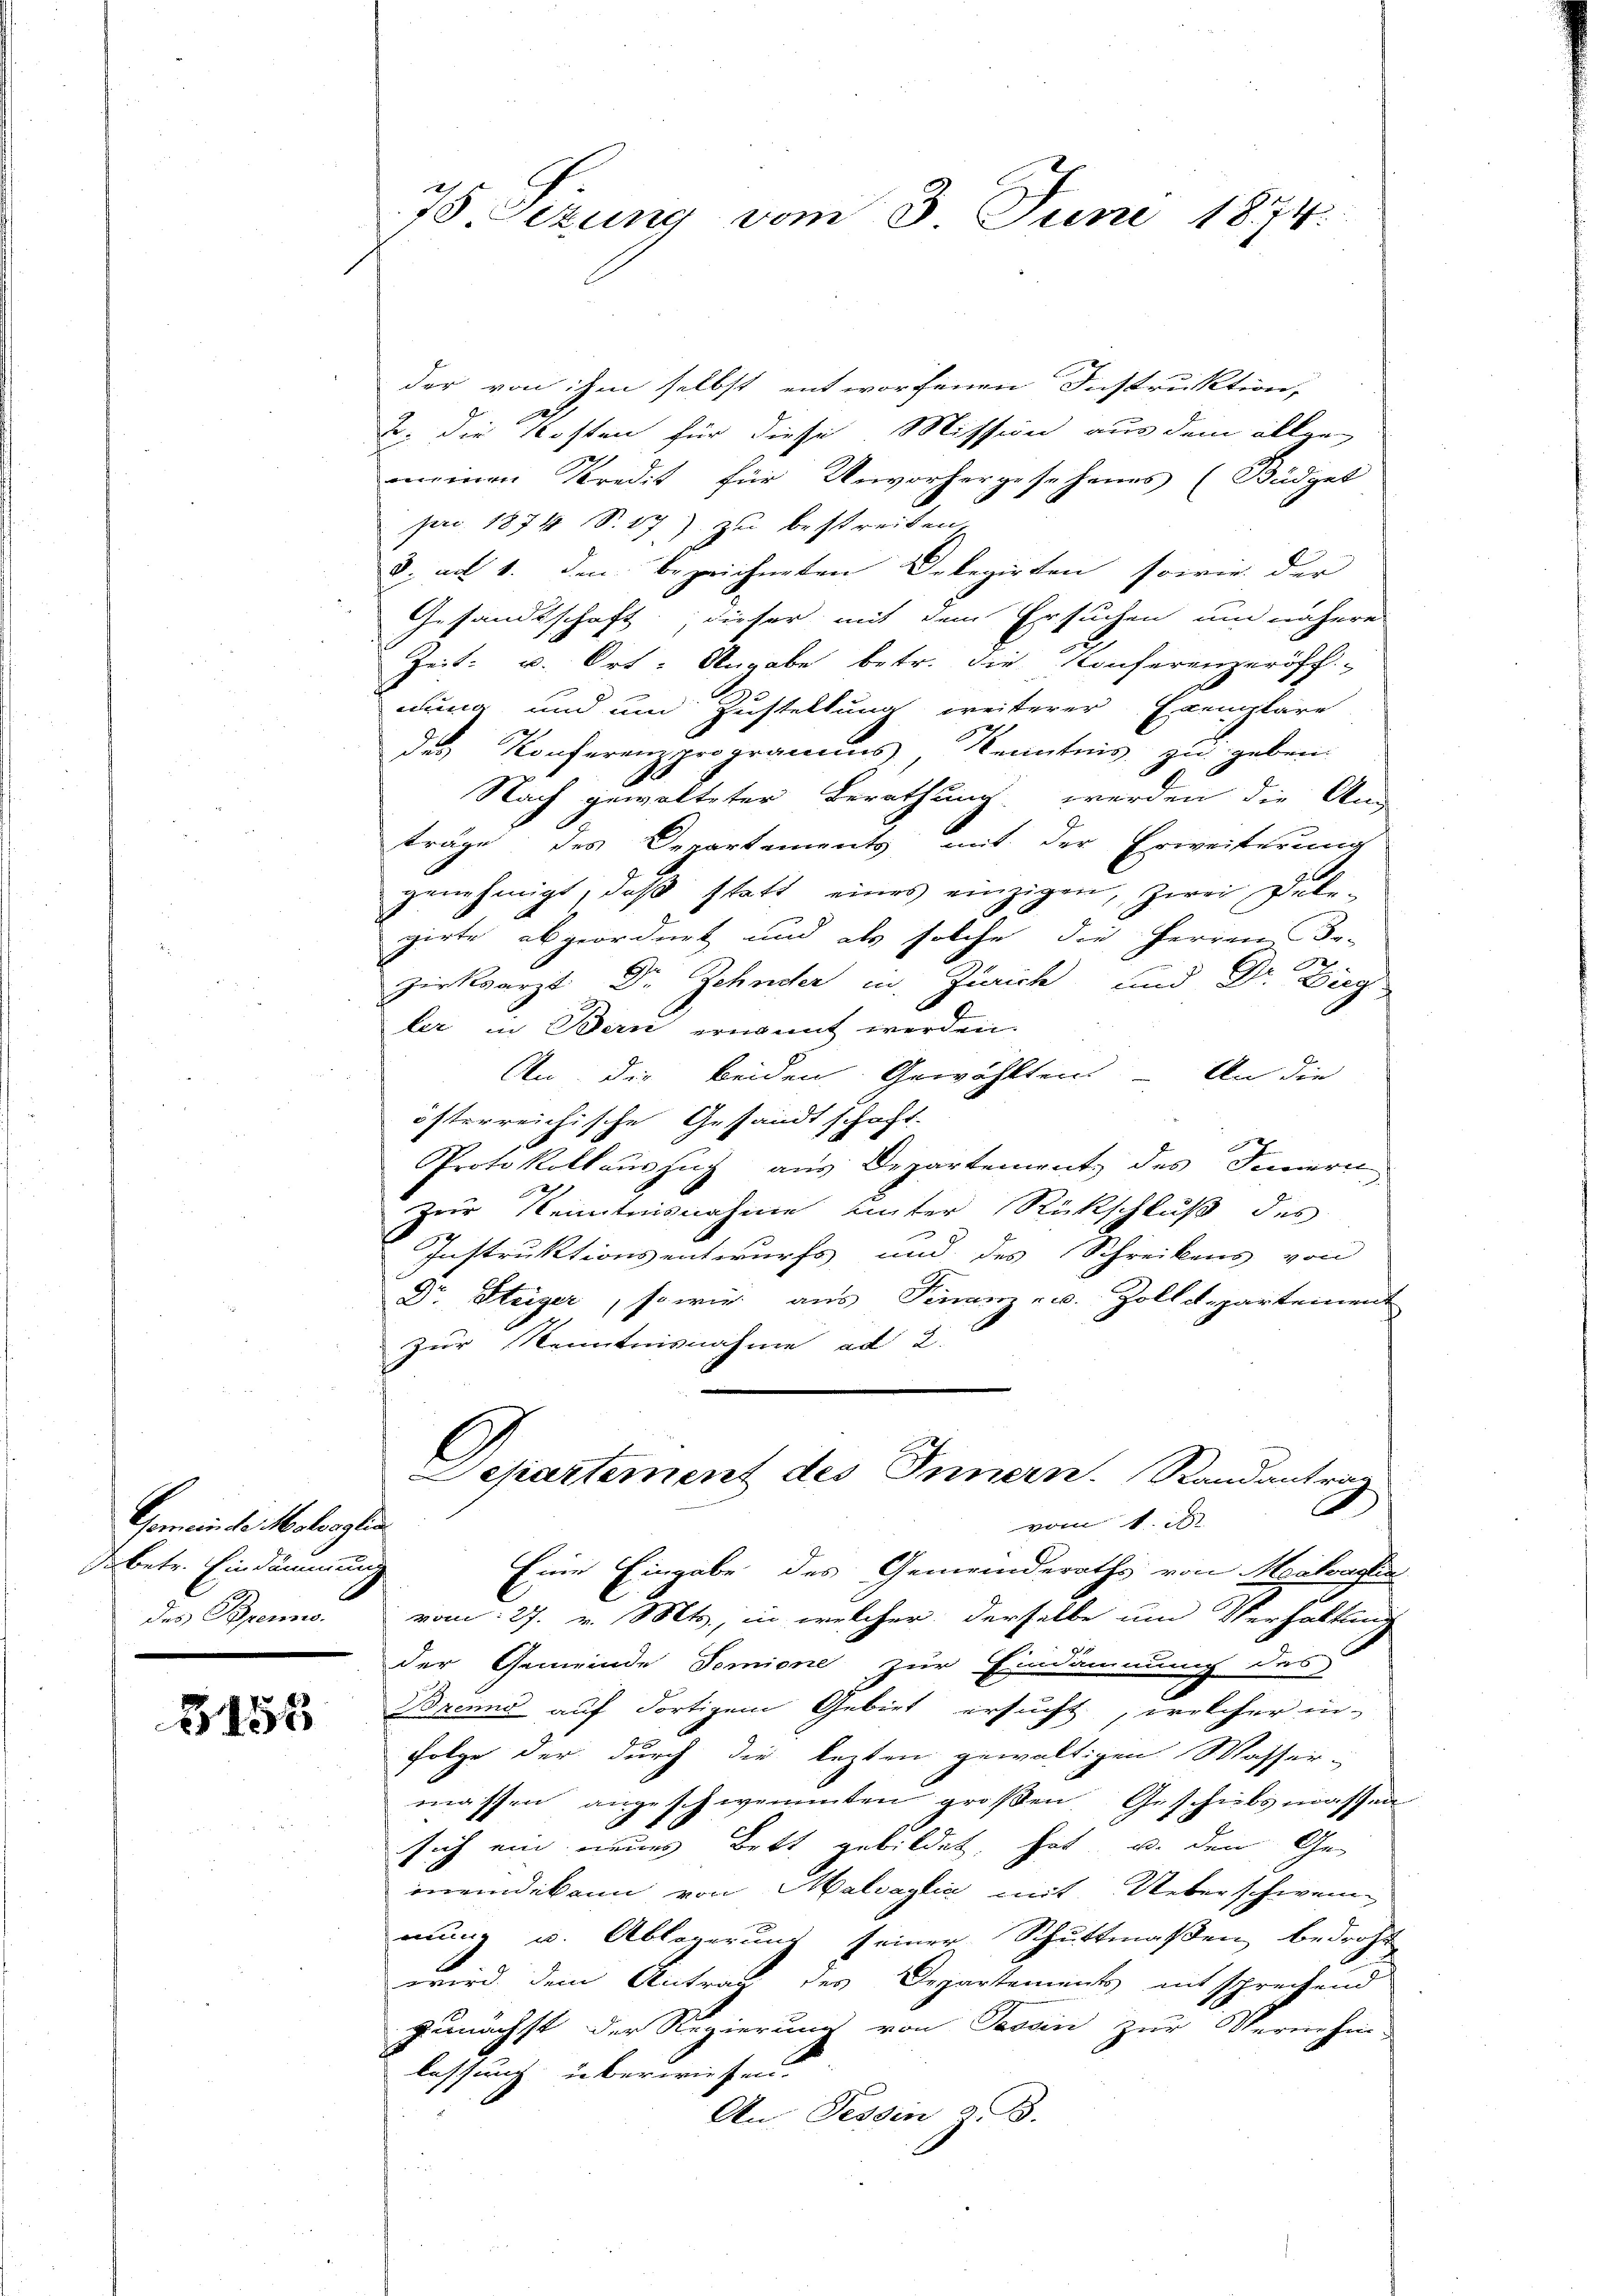
Gemeinter Molanglin
betr. Eindämmung
des Brenns.

3153

78 Eizung vom 3. Juni 184.

der von ihm selbst entworfenen Instruktion,
2. die Kosten für diese Mission aus dem allge-
anenen Predit für Unvorhergesehenes (Büdget
pro 1874 S. 17) zu bestreiten,
3. ad 1. den bezeichneten Delegirten, sowie der
Gesandtschaft, dieser mit dem Ersuchen um nähere
Zeit u. Ort- Angabe betr. die Konferenzeröff-
idung und um Zustellung weiterer Exemplare
des Konferenzprogramms, Kenntnis zu geben.
.
Nach gewalteter Berathung werden die An-
träge des Departements mit der Erweiterung
genehmigt, daβ statt eines einzigen, zwei Dele-
girte abgeordnet und als solche die Herren Bo-
zirksarzt Dr. Zehnder in Zürich und Dr. Dieg
ler in Bern ernannt werden.
An die beiden Gewählten - An die
österreichische Gesandtschaft
Protokollauszug aus Departement des Innern
Zur Kenntnisnahme unter Rückschluß des
Instruktionsentwurfs und des Schreibens von
Dr. Steiger, sowie aus Finanz- u. Zolldepartement
Zur Kenntnisnahme ad 2.
Separtement des Innern. Randantrag
.
vom 1. d.
Eine Eingabe des Gemeinderaths von Merkasten
vom 27. v. Mts., in welcher derselbe um Verhaltung
der Gemeinde demiene zur Eindämmung des
Brenns auf dortigem Gebiet ersucht, welcher in-
Folge der durch die lezten gewältigen Masser-
massen angeschwimmten großen Geschiebsmassen
sich ein neues Bett gebildet, hat u. den Ge
meindekann von Malsaglia mit Ueberschwei
mung u. Ablagerung seiner Schuttmaßen, bedroht
wird dem Antrag des Departements entsprechend
zunächst der Regierung von Tessin zur Vernehm-
lassung überwiesen.
An Tessin z. B.